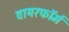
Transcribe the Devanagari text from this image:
वायरफॉर्म